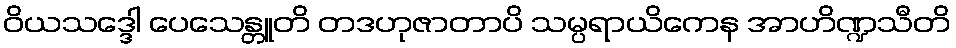
ဝိယသဒ္ဒေါ ပေသေန္တူတိ တဒဟုဇာတာပိ သမ္ပရာယိကေန အာဟိဏ္ဍသီတိ